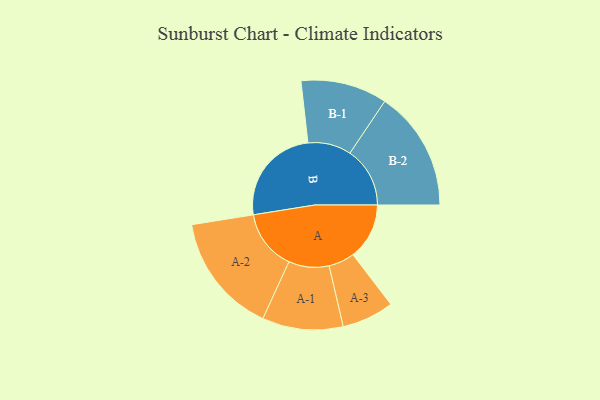
{"axis": {"x": "Segment", "y": "Value"}, "legend": ["", "A", "B"], "data": [{"x": "A", "y": 258, "type": ""}, {"x": "B", "y": 454, "type": ""}, {"x": "A-1", "y": 185, "type": "A"}, {"x": "A-2", "y": 276, "type": "A"}, {"x": "A-3", "y": 119, "type": "A"}, {"x": "B-1", "y": 198, "type": "B"}, {"x": "B-2", "y": 275, "type": "B"}]}